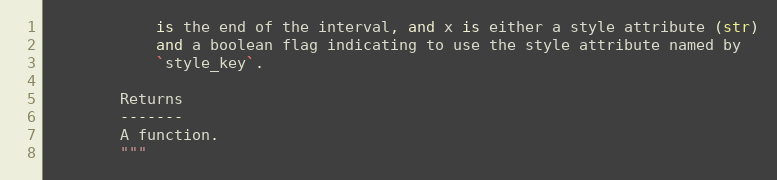
Language: Python
            is the end of the interval, and x is either a style attribute (str)
            and a boolean flag indicating to use the style attribute named by
            `style_key`.

        Returns
        -------
        A function.
        """